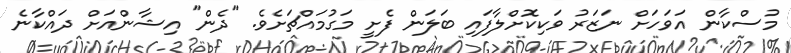
މުސްކާން އަވަހަށް ނަޒަރު ވަކިކޮށްލާފައި ބަލަން ފެށީ މަގުމައްޗަށެވެ. "ދެން" އިޝާންއަށް ދައްކާނެ